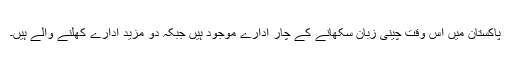
پاکستان میں اس وقت چینی زبان سکھانے کے چار ادارے موجود ہیں جبکہ دو مزید ادارے کھلنے والے ہیں۔